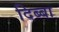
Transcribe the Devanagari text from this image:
दिब्बा